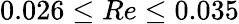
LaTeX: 0.026\leq Re\leq 0.035